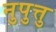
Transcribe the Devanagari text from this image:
नुपुत्तु